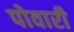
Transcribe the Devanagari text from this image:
पोवारी